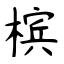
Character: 槟